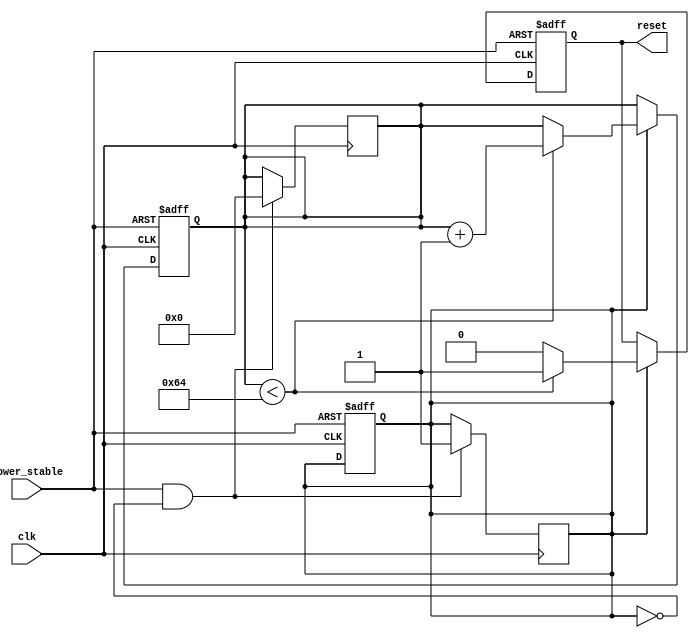
module power_on_reset (
    input wire clk,               // System clock
    input wire power_stable,      // Signal indicating stable power
    output reg reset              // Active-high reset signal
);

    // Parameter for reset duration in clock cycles
    parameter RESET_DURATION = 100; // Adjust as necessary for your system
    
    reg [7:0] counter;             // Counter for reset duration
    reg power_detected;            // Indicates if power is detected

    // Asynchronous reset
    always @(posedge clk or negedge power_stable) begin
        if (!power_stable) begin
            reset <= 1'b1;          // Assert reset when power is unstable
            power_detected <= 1'b0; // Reset power detected flag
            counter <= 8'b0;        // Reset counter
        end else if (power_detected) begin
            if (counter < RESET_DURATION) begin
                counter <= counter + 1; // Increment counter
                reset <= 1'b1;          // Keep reset active
            end else begin
                reset <= 1'b0;          // Deactivate reset after duration
            end
        end
    end

    // Detect power-on condition
    always @(posedge clk) begin
        if (power_stable && !power_detected) begin
            power_detected <= 1'b1; // Power is stable, start the reset sequence
            counter <= 8'b0;        // Initialize counter
        end
    end

endmodule